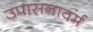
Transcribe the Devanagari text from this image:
उपासनावर्म